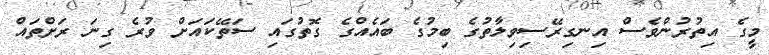
މީގެ އިތުރުންވެސް އިނގިރޭސިވިލާތުގެ ބިމުގެ ބައެއްގެ ގޮތުގައި ސަތޭކައަށް ވުރެ ގިނަ ރަށްތައް